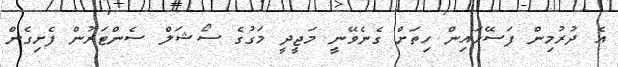
އެ ދުރުމިން ފަސޭހައިން ހިތަށް ގެނެވޭނީ މަޖީދީ މަގުގެ ސޯޝަލް ސެންޓަރުން ފެށިގެން